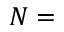
N =